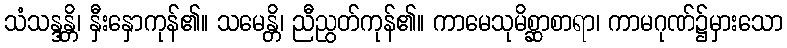
သံသန္ဒန္တိ၊ နှီးနှောကုန်၏။ သမေန္တိ၊ ညီညွတ်ကုန်၏။ ကာမေသုမိစ္ဆာစာရာ၊ ကာမဂုဏ်၌မှားသော